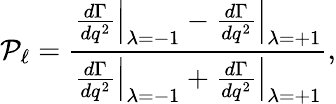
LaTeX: {\cal P}_{\ell}=\frac{\left.\frac{d\Gamma}{dq^{2}}\right|_{\lambda=-1}-\left.\frac{d\Gamma}{dq^{2}}\right|_{\lambda=+1}}{\left.\frac{d\Gamma}{dq^{2}}\right|_{\lambda=-1}+\left.\frac{d\Gamma}{dq^{2}}\right|_{\lambda=+1}},